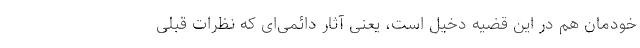
خودمان هم در این قضیه دخیل است، یعنی آثار دائمی‌ای که نظرات قبلی